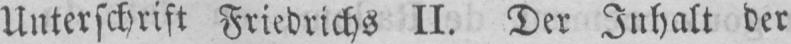
Unterschrift Friedrichs II. Der Inhalt der